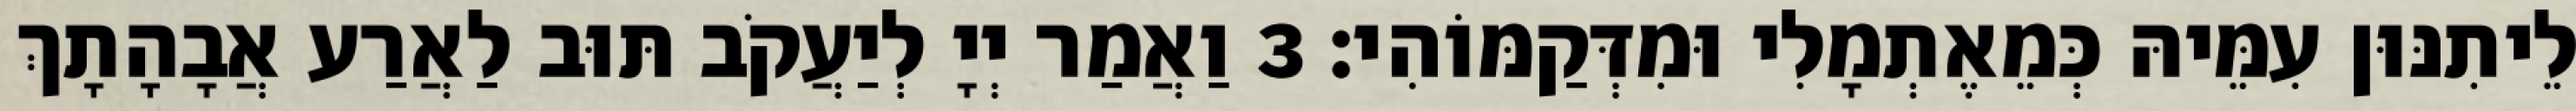
לֵיתִנּוּן עִמֵּיהּ כְּמֵאֶתְמָלִי וּמִדְּקַמּוֹהִי׃ 3 וַאֲמַר יְיָ לְיַעֲקֹב תּוּב לַאֲרַע אֲבָהָתָךְ